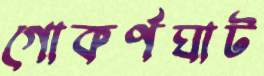
গোকর্ণঘাট